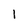
Character: l